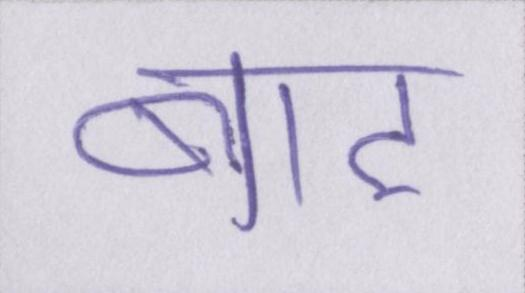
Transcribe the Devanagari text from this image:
बाट